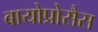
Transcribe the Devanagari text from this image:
बायोप्रोसैस